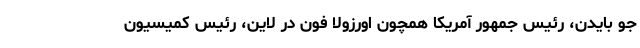
جو بایدن، رئیس جمهور آمریکا همچون اورزولا فون در لاین، رئیس کمیسیون